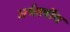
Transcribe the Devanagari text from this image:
अर्धवर्षीय